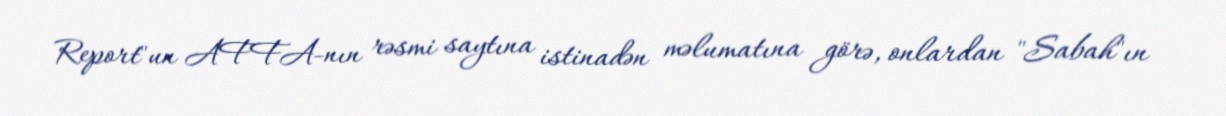
Report"un AFFA-nın rəsmi saytına istinadən məlumatına görə, onlardan "Sabah"ın